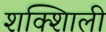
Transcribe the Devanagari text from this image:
शक्शिाली